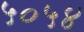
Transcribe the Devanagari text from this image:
५०५४